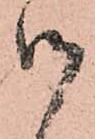
御